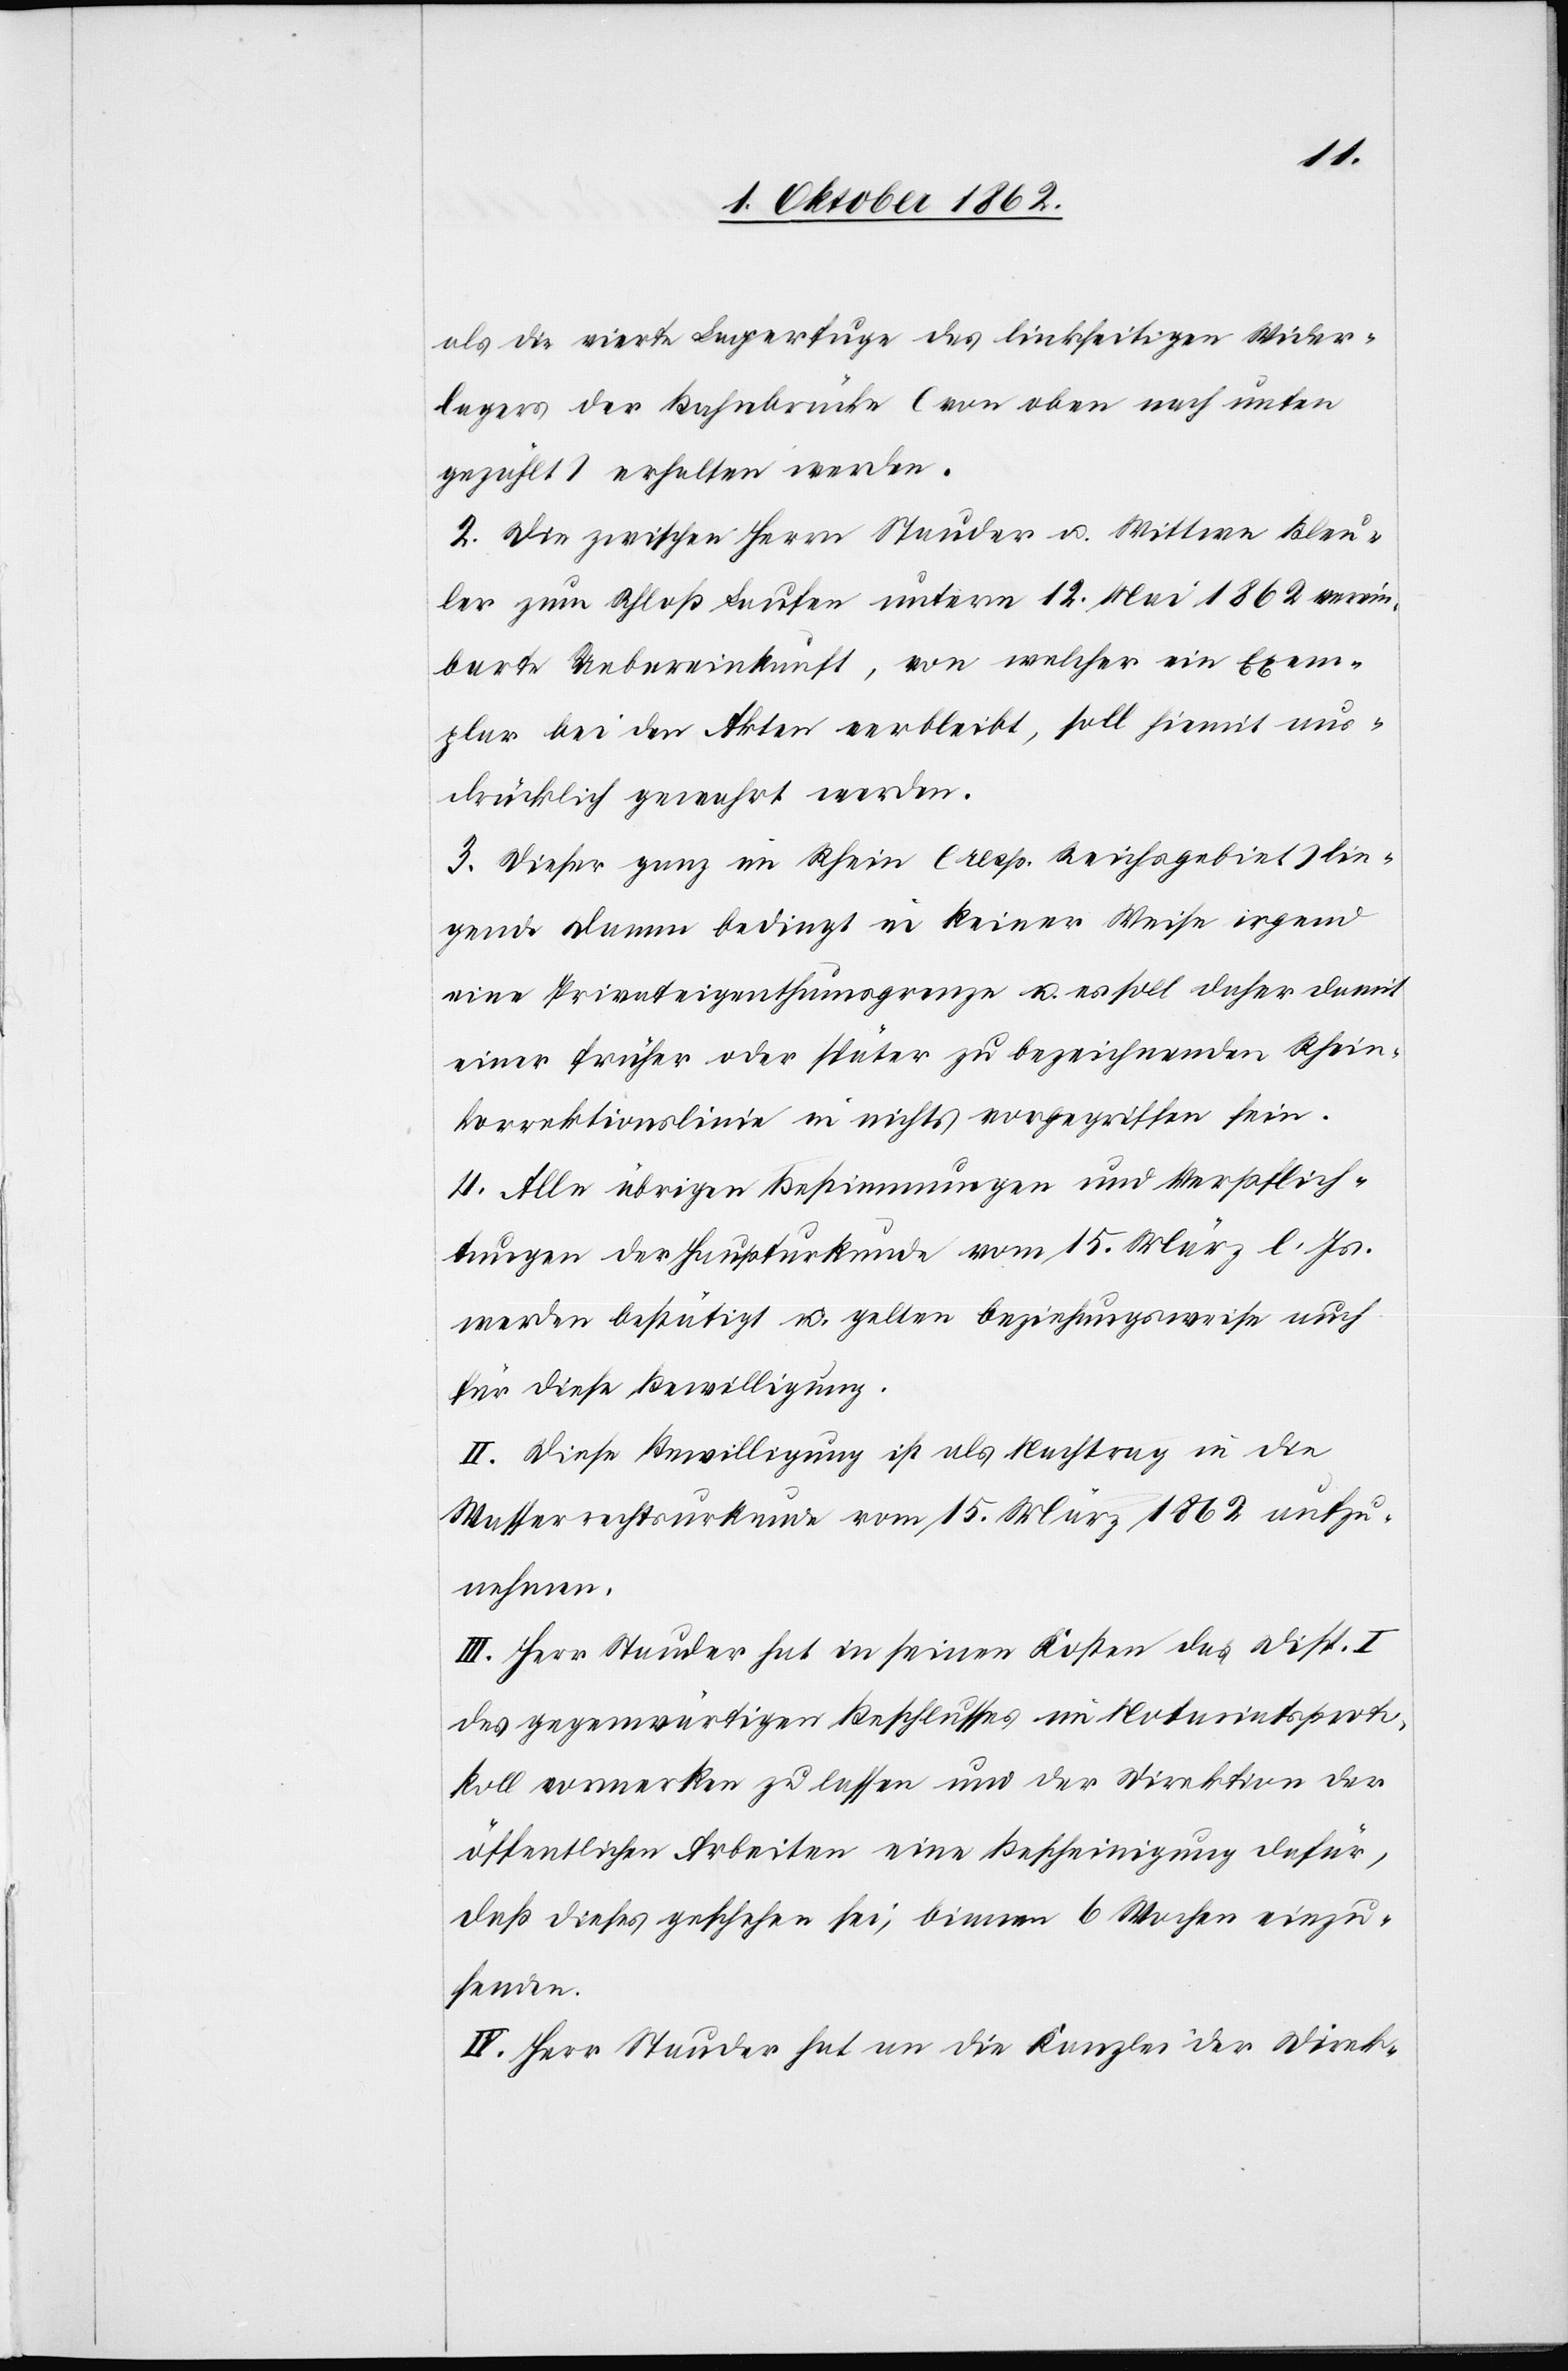
als die vierte Lagerfuge des linkseitigen Wider¬
lagers der Bahnbrücke (von oben nach untern
gezählt) erhalten werden.
2. Die zwischen Herrn Stauder u. Wittwe Bleu¬
ler zum Schloß Laufen unterm 12. Mai 1862 verein¬
barte Uebereinkunft, von welcher ein Exem¬
plar bei den Akten verbleibt, soll hiemit aus¬
drücklich gewahrt werden.
3. Dieser ganz im Rhein (resp. Reichsgebiet) lie¬
gende Damm bedingt in keiner Weise irgend
eine Privateigenthumsgrenze u. es soll daher damit
einer früher oder später zu bezeichnenden Rhein¬
korrektionslinie in nichts vorgegriffen sein.
4. Alle übrigen Bestimmungen und Verpflich¬
tungen der Haupturkunde vom 15. März l. Js.
werden bestätigt u. gelten beziehungsweise auch
für diese Bewilligung.
II. Diese Bewilligung ist als Nachtrag in die
Wasserrechtsurkunde vom 15. März 1862 aufzu¬
nehmen.
III. Herr Stauder hat in seinen Kosten des Disp. I
des gegenwärtigen Beschlusses im Notariatsproto¬
koll vormerken zu lassen und der Direktion der
öffentlichen Arbeiten eine Bescheinigung dafür,
daß dieses geschehen sei, binnen 6 Wochen einzu¬
senden.
IV. Herr Stauder hat an die Kanzlei der Direk-